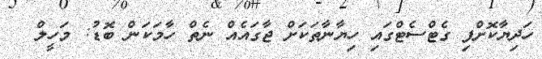
ހަދިޔާކޮށްފި ގެޓްސެޓްގައި ހިޔާނާތަކަށް ޖާގައެއް ނެތް ހާމަކަން ބޮޑު: މަހީލް